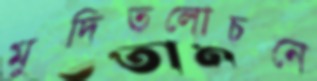
মুদিতলোচনে